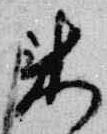
来